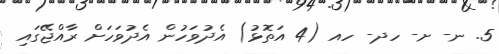
5. ނ- ށ- ހދ- ހއ (4 އަތޮޅު) އެދުވަހުން އެދުވަހަށް ރާއްޖޭގައި